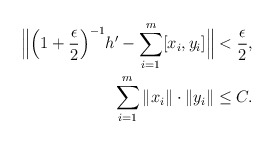
\begin{align*}\Big\| \Big(1+\frac \epsilon 2\Big)^{-1}h' - \sum_{i=1}^m [x_i, y_i]\Big \| < \frac \epsilon 2,\\\sum_{i=1}^m \| x_i \| \cdot \| y_i \| \leq C.\end{align*}